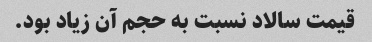
قیمت سالاد نسبت به حجم آن زیاد بود.